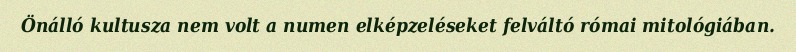
Önálló kultusza nem volt a numen elképzeléseket felváltó római mitológiában.